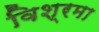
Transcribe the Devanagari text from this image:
विश्रमा